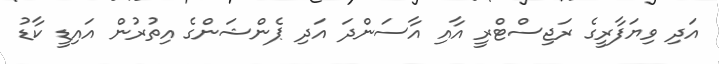
އަދި ވިޔަފާރީގެ ރަޖިސްޓްރީ އާއި އާސަންދަ އަދި ޕެންޝަންގެ އިތުރުން އައިޑީ ކާޑު